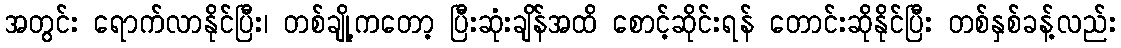
အတွင်း ရောက်လာနိုင်ပြီး၊ တစ်ချို့ကတော့ ပြီးဆုံးချိန်အထိ စောင့်ဆိုင်းရန် တောင်းဆိုနိုင်ပြီး တစ်နှစ်ခန့်လည်း